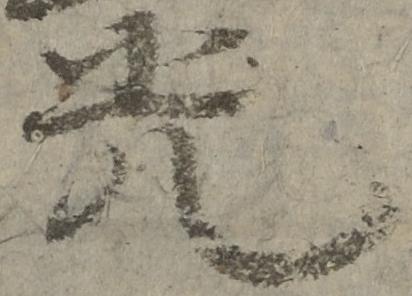
光